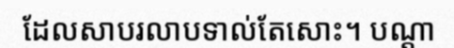
ដែលសាបរលាបទាល់តែសោះ។ បណ្តា